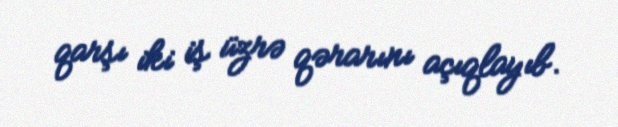
qarşı iki iş üzrə qərarını açıqlayıb.